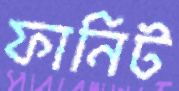
ফানিট